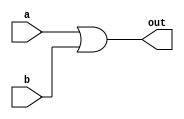
`ifndef _h_or16_
`define _h_or16_

`timescale 1ns / 1ps
//////////////////////////////////////////////////////////////////////////////////
// Company: 
// Engineer: 
// 
// Design Name: 
// Module Name:    hOr16 
// Project Name: 
// Target Devices: 
// Tool versions: 
// Description: 
//
// Dependencies: 
//
// Revision: 
// Revision 0.01 - File Created
// Additional Comments: 
//
//////////////////////////////////////////////////////////////////////////////////
module hOr16(
    input [15:0] a,
    input [15:0] b,
    output [15:0] out
    );
	
	assign out = a | b;

endmodule

`endif